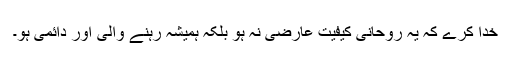
خدا کرے کہ یہ روحانی کیفیت عارضی نہ ہو بلکہ ہمیشہ رہنے والی اور دائمی ہو۔